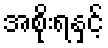
အစိုးရနှင့်